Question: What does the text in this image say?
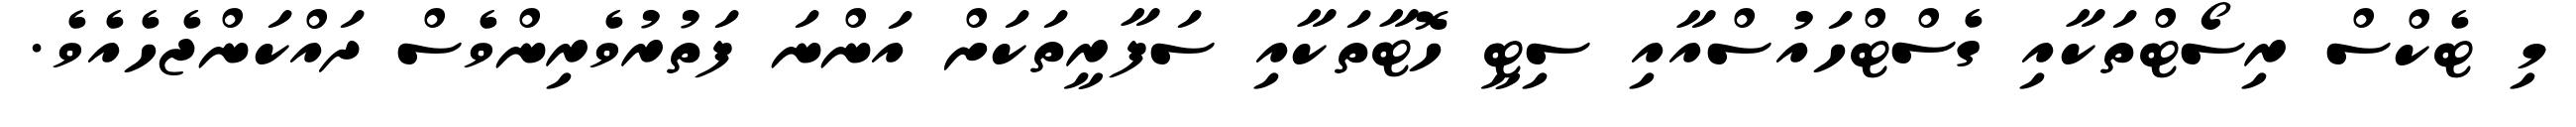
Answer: މި ޓެކްސް ރިސޯޓްތަކާއި ގެސްޓްހައުސްއާއި ސިޓީ ހޮޓާތަކާއި ސަފާރީތަކަށް އަންނަ ފަތުރުވެރިންވެސް ދައްކަންޖެހެއެވެ.